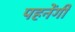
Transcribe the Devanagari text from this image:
पहनेंगी